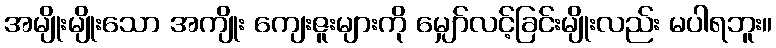
အမျိုးမျိုးသော အကျိုး ကျေးဇူးများကို မျှော်လင့်ခြင်းမျိုးလည်း မပါရဘူး။